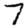
Digit: 7